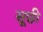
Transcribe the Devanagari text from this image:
सूछी